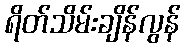
ရိတ်သိမ်းချိန်လွန်